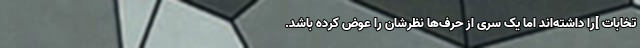
تخابات ]را داشته‌اند اما یک سری از حرف‌ها نظرشان را عوض کرده‌ باشد.